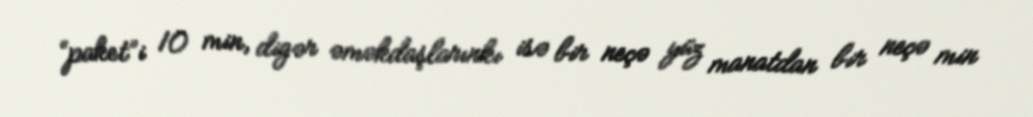
“paket”i 10 min, digər əməkdaşlarınkı isə bir neçə yüz manatdan bir neçə min